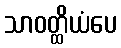
သာဝတ္ထိယံပေ